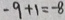
- 9 + 1 = - 8